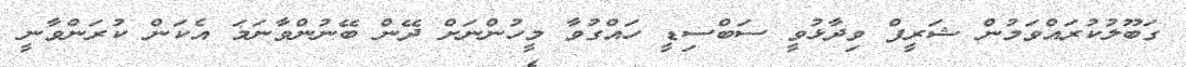
ގަބޫލުކުރައްވަމުން ޝަރީފް ވިދާޅުވީ ސަބްސިޑީ ހައްގުވާ މީހުންނަށް ދޭން ބޭނުންވާނަމަ އެކަން ކުރަންވާނީ